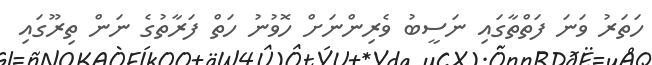
ހަތަރު ވަނަ ފަތްތާގައި ނަސީބު ވެރިންނަށް ހޮވުނު ހަތް ފަރާތުގެ ނަން ތިރޫގައި